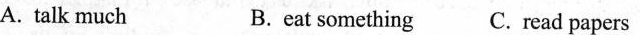
A. talk much B. eat something C. read papers